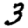
Digit: 3